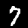
Label: 7